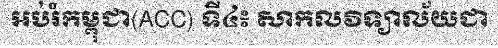
អប់រំកម្ពុជា(ACC) ទី៤៖ សាកលវិទ្យាល័យជា